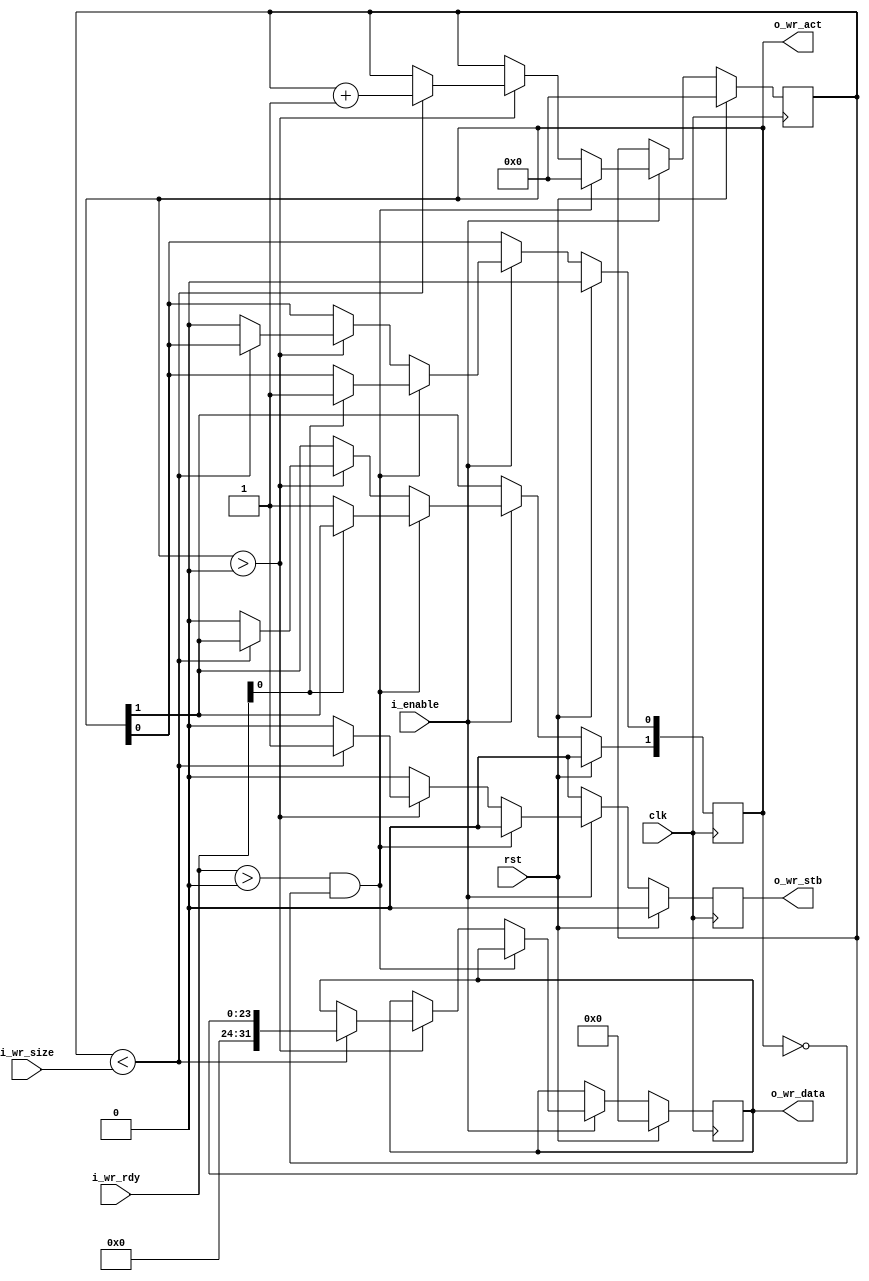
module ppfifo_data_generator (
  input               clk,
  input               rst,
  input               i_enable,

  //Ping Pong FIFO Interface
  input       [1:0]   i_wr_rdy,
  output  reg [1:0]   o_wr_act,
  input       [23:0]  i_wr_size,
  output  reg         o_wr_stb,
  output  reg [31:0]  o_wr_data
);

//Local Parameters
//Registers/Wires
reg   [23:0]          r_count;
//Submodules
//Asynchronous Logic
//Synchronous Logic
always @ (posedge clk) begin
  if (rst) begin
    o_wr_act        <=  0;
    o_wr_stb        <=  0;
    o_wr_data       <=  0;
    r_count         <=  0;
  end
  else begin
    //Reset strobe signals
    o_wr_stb        <= 0;
    if (i_enable) begin
      if ((i_wr_rdy > 0) && (o_wr_act == 0))begin
        r_count     <=  0;
        if (i_wr_rdy[0]) begin
          //Channel 0 is open
          o_wr_act[0]  <=  1;
        end
        else begin
          //Channel 1 is open
          o_wr_act[1]  <=  1;
        end
      end
      else if (o_wr_act > 0) begin
        if (r_count < i_wr_size) begin
          //More room left in the buffer
          r_count   <=  r_count + 1;
          o_wr_stb  <=  1;
          //put the count in the data
          o_wr_data <=  r_count;
        end
        else begin
          //Filled up the buffer, release it
          o_wr_act  <=  0;
        end
      end
    end
  end
end

endmodule